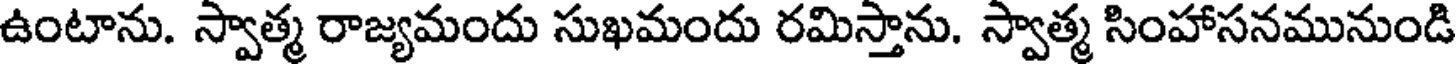
ఉంటాను. స్వాత్మ రాజ్యమందు సుఖమందు రమిస్తాను. స్వాత్మ సింహాసనమునుండి